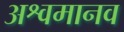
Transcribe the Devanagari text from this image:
अश्वमानव